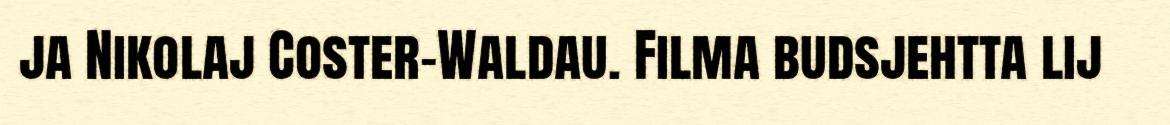
ja Nikolaj Coster-Waldau. Filma budsjehtta lij